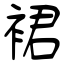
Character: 裙